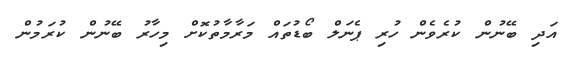
އަދި ބޭނުން ކުރެވެން ހުރި ޕެނަލް ބޯޑުތައް މަރާމާތުކޮށް މިހާރު ބޭނުން ކުރަމުން